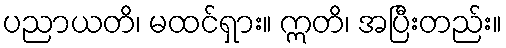
ပညာယတိ၊ မထင်ရှား။ ဣတိ၊ အပြီးတည်း။